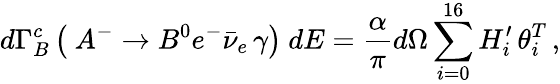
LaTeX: d\Gamma_{B}^{c}\left(\ A^{-}\rightarrow B^{0}e^{-}\bar{\nu}_{e}\, \gamma\right)\ dE=\frac{\alpha}{\pi}d\Omega\sum_{i=0}^{16}H_{i}^{\prime}\, \theta_{i}^{T}\, ,